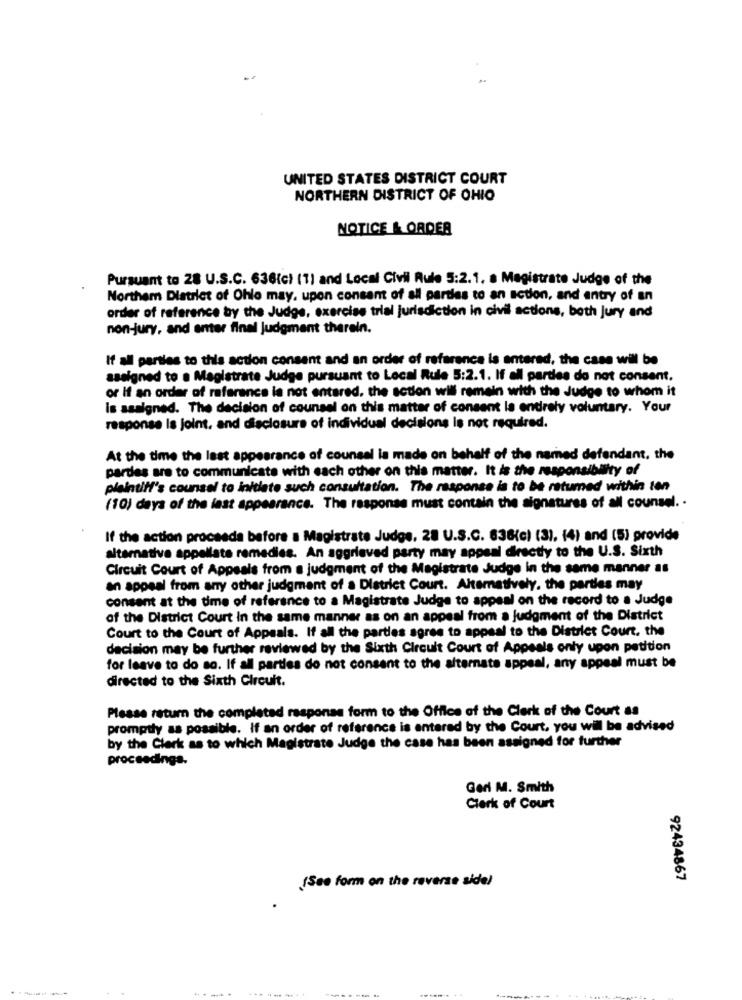
UNITED STATES DISTRICT COURT
NORTHERN DISTRICT OF OHIO
NOTICE & ORDER
Pursuant to 28 U.S.C. 636(c) (1) and Local Civil Rule 5:2.1. a Magistrate Judge of the
Northern District of Ohlo may. upon consent of all parties to an action, and antry of an
order of reference by the Judge, exercise trial jurisdiction in civil actions, beth Jury and
non-jury, and enter final judgment therein.
If all parties to this action consent and an order of reference is entered, the case will be
assigned to a Magistrate Judge pursuant to Local Rule 5:2.1. If all parties do not consent.
or If an order of reference la not entered, the action will remain with the Judge to whom it
is assigned. The decision of counsel on this matter of consent la entirely voluntary. Your
response Is joint, and disclosure of individual decisions is not required.
At the time the last appearance of counsel la made on behalf of the named defendant, the
pardes are to communicate with each other on this matter. It is the responsibility of
plaintiff's counsel to initiate such consultation. The response is to be ratumed within ten
(10) days of the last appearance. The response must contain the signatures of all counsel. .
If the action proceeda before a Magistrate Judge, 28 U.S.C. 636(c) (3), (4) and (5) provide
alternative appellate remedies. An aggrieved party may appeal directly to the U.S. Sixth
Circuit Court of Appeals from a judgment of the Magistrate Judge in the same manner as
an appeal from any other judgment of a District Court. Alternatively. the parties may
consent at the time of reference to a Magistrate Judge to appeal on the record to a Judge
of the District Court in the same manner as on an appeal from a judgment of the District
Court to the Court of Appeals. If all the parties agree to appeal to the District Court. the
decision may be further reviewed by the Sixth Circuit Court of Appeals only upon petition
for leave to do so. If all parties do not consent to the alternate appeal, any appeal must be
directed to the Sixth Circuit.
Please return the completed response form to the Office of the Clerk of the Court as
promptly as possible. If an order of reference is entered by the Court, you will be advised
by the Clerk as to which Magistrate Judge the case has been assigned for further
proceedings.
Geri M. Smith
Clerk of Court
92434867
(See form on the reverse side)
-----